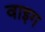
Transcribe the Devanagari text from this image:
वाइग